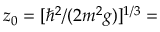
z _ { 0 } = [ \hbar ^ { 2 } / ( 2 m ^ { 2 } g ) ] ^ { 1 / 3 } =